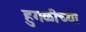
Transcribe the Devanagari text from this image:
हुगळीच्या